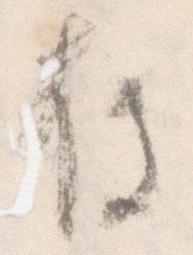
存